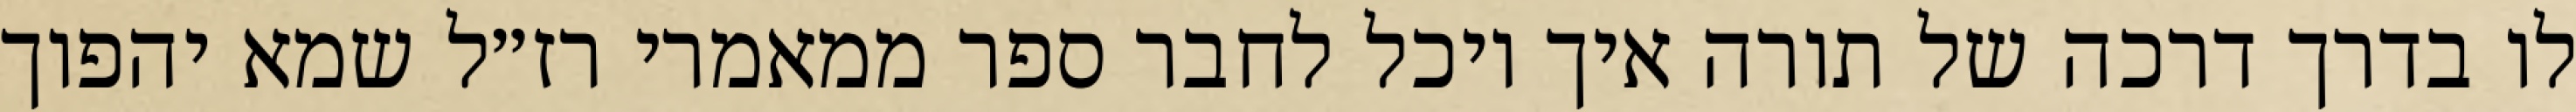
לו בדרך דרכה של תורה איך יוכל לחבר ספר ממאמרי רז״ל שמא יהפוך